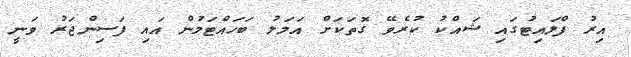
އިރު ފްލައިޓުގައި ޝައްކު ކުރެވޭ ގޮތަކަށް އަމަލު ބަހައްޓަމުން އައި ފަސިންޖަރު ވަނީ